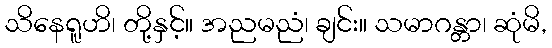
သိနေရူဟိ၊ တို့နှင့်။ အညမညံ၊ ချင်း။ သမာဂန္တာ၊ ဆုံမိ,